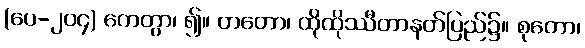
(ပေ-၂၀၄) ကေတွာ၊ ၍။ တတော၊ ထိုထိုဿီတာနတ်ပြည်၌။ စုတော၊